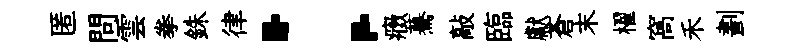
匿問雲拳銖律：癥驀敲臨獻蒼末櫂窩禾劃